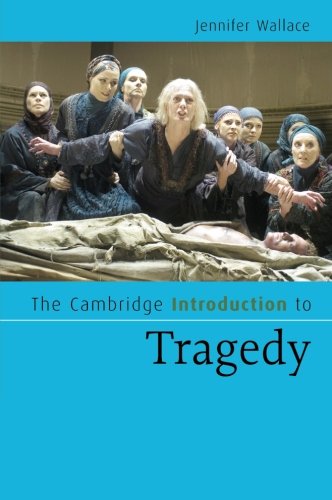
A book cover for The Cambridge Introduction to Tragedy (Cambridge Introductions to Literature); Jennifer Wallace; Literature & Fiction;